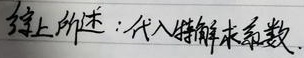
综上所述：代入待解，求系数。